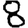
Digit: 8